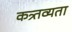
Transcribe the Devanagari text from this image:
कत्र्तव्यता